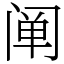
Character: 阐